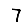
Digit: 7